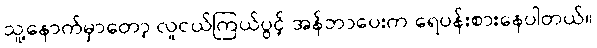
သူ့နောက်မှာတော့ လူငယ်ကြယ်ပွင့် အန်ဘာပေးက ရေပန်းစားနေပါတယ်။